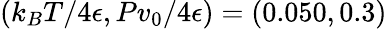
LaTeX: (k_{B}T/4\epsilon,Pv_{0}/4\epsilon)=(0.050,0.3)